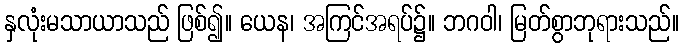
နှလုံးမသာယာသည် ဖြစ်၍။ ယေန၊ အကြင်အရပ်၌။ ဘဂဝါ၊ မြတ်စွာဘုရားသည်။